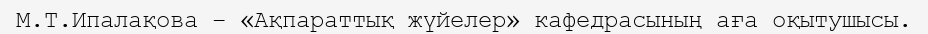
М.Т.Ипалақова – «Ақпараттық жүйелер» кафедрасының аға оқытушысы.